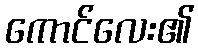
ကောင်လေး၏